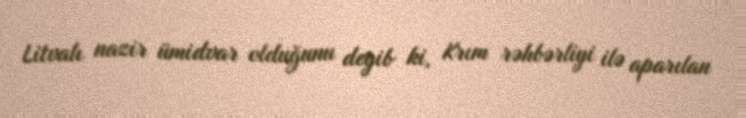
Litvalı nazir ümidvar olduğunu deyib ki, Krım rəhbərliyi ilə aparılan